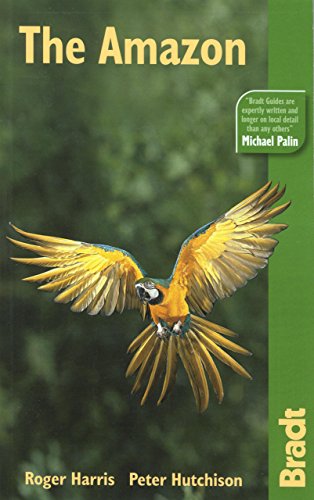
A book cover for The Amazon, 3rd: The Bradt Travel Guide; Roger Harris; Travel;